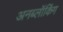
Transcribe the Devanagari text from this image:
अनब्लॉकिंग